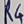
Text: R4